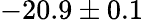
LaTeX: -20.9\pm 0.1